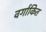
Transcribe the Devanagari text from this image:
वर्गाकित